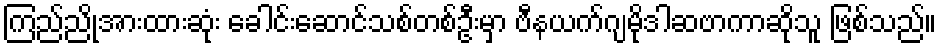
ကြည်ညိုအားထားဆုံး ခေါင်းဆောင်သစ်တစ်ဦးမှာ ဗီနယက်ဂျမိုဒါဆဗာကာဆိုသူ ဖြစ်သည်။